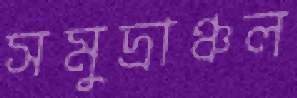
সমুদ্রাঞ্চল